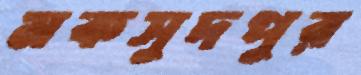
মকসুদপুর